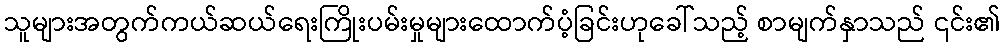
သူများအတွက်ကယ်ဆယ်ရေးကြိုးပမ်းမှုများထောက်ပံ့ခြင်းဟုခေါ်သည့် စာမျက်နှာသည် ၎င်း၏